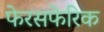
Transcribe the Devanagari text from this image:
फेरसफेरिक